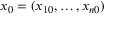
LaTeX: x _ { 0 } = ( x _ { 1 0 } , \dots , x _ { n 0 } )